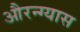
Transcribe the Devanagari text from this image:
औरन्ग्यास